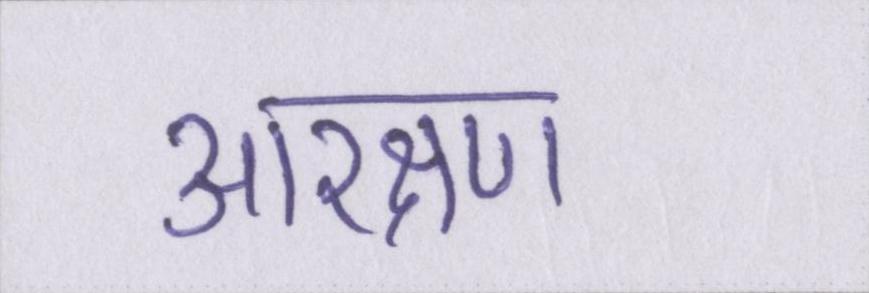
आरक्षण